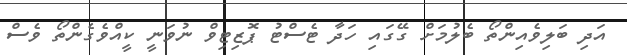
އަދި ބަލިވެއިންތޯ ބެލުމަށް ގޭގައި ހަދާ ޓެސްޓު ޕޮޒިޓިވް ނުވަނީ ކީއްވެގެންތޯ ވެސް